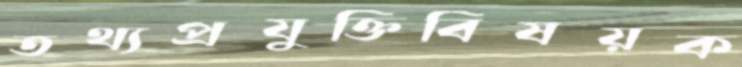
তথ্যপ্রযুক্তিবিষয়ক